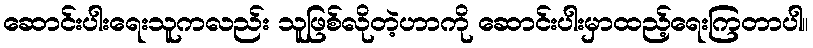
ဆောင်းပါးရေးသူကလည်း သူဖြစ်လိုတဲ့ဟာကို ဆောင်းပါးမှာထည့်ရေးကြတာပါ။